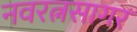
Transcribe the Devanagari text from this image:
नवरत्नसागर